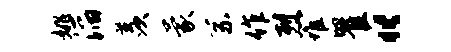
姚滔羡蒙系作烈堆瞿“